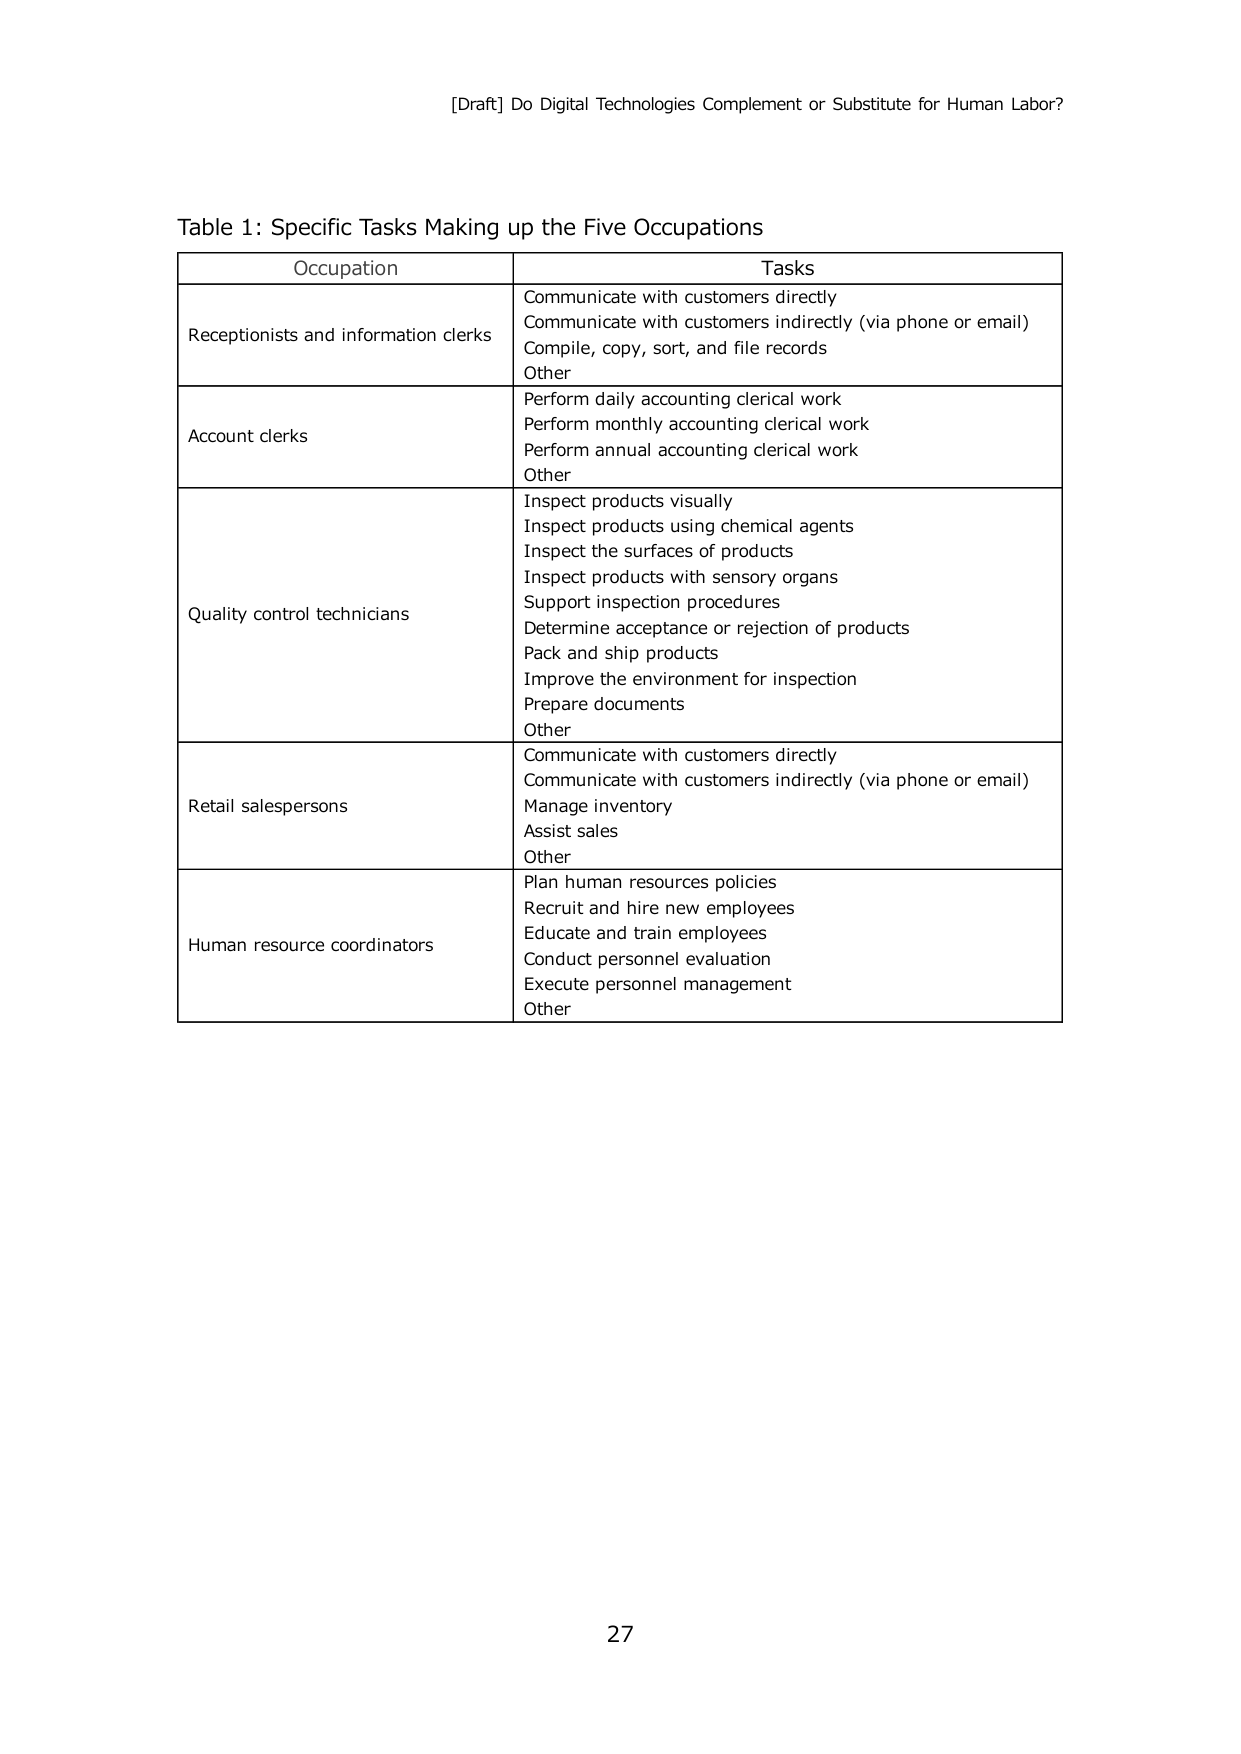
[Draft] Do Digital Technologies Complement or Substitute for Human Labor?

Table 1: Specific Tasks Making up the Five Occupations

Occupation                                      Tasks
Receptionists and information clerks          Communicate with customers directly
                                              Communicate with customers indirectly (via phone or email)
                                              Compile, copy, sort, and file records
                                              Other
Account clerks                                Perform daily accounting clerical work
                                              Perform monthly accounting clerical work
                                              Perform annual accounting clerical work
                                              Other
Quality control technicians                   Inspect products visually
                                              Inspect products using chemical agents
                                              Inspect the surfaces of products
                                              Inspect products with sensory organs
                                              Support inspection procedures
                                              Determine acceptance or rejection of products
                                              Pack and ship products
                                              Improve the environment for inspection
                                              Prepare documents
                                              Other
Retail salespersons                           Communicate with customers directly
                                              Communicate with customers indirectly (via phone or email)
                                              Manage inventory
                                              Assist sales
                                              Other
Human resource coordinators                   Plan human resources policies
                                              Recruit and hire new employees
                                              Educate and train employees
                                              Conduct personnel evaluation
                                              Execute personnel management
                                              Other

27